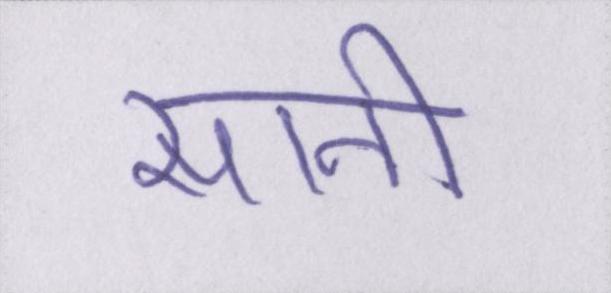
सानी